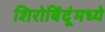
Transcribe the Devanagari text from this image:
शिरोबिंदूंमध्ये